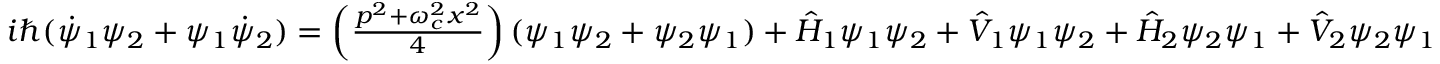
\begin{array} { r } { i \hbar ( \dot { \psi } _ { 1 } \psi _ { 2 } + \psi _ { 1 } \dot { \psi } _ { 2 } ) = \left( \frac { p ^ { 2 } + \omega _ { c } ^ { 2 } x ^ { 2 } } { 4 } \right) ( \psi _ { 1 } \psi _ { 2 } + \psi _ { 2 } \psi _ { 1 } ) + \hat { H } _ { 1 } \psi _ { 1 } \psi _ { 2 } + \hat { V } _ { 1 } \psi _ { 1 } \psi _ { 2 } + \hat { H } _ { 2 } \psi _ { 2 } \psi _ { 1 } + \hat { V } _ { 2 } \psi _ { 2 } \psi _ { 1 } } \end{array}